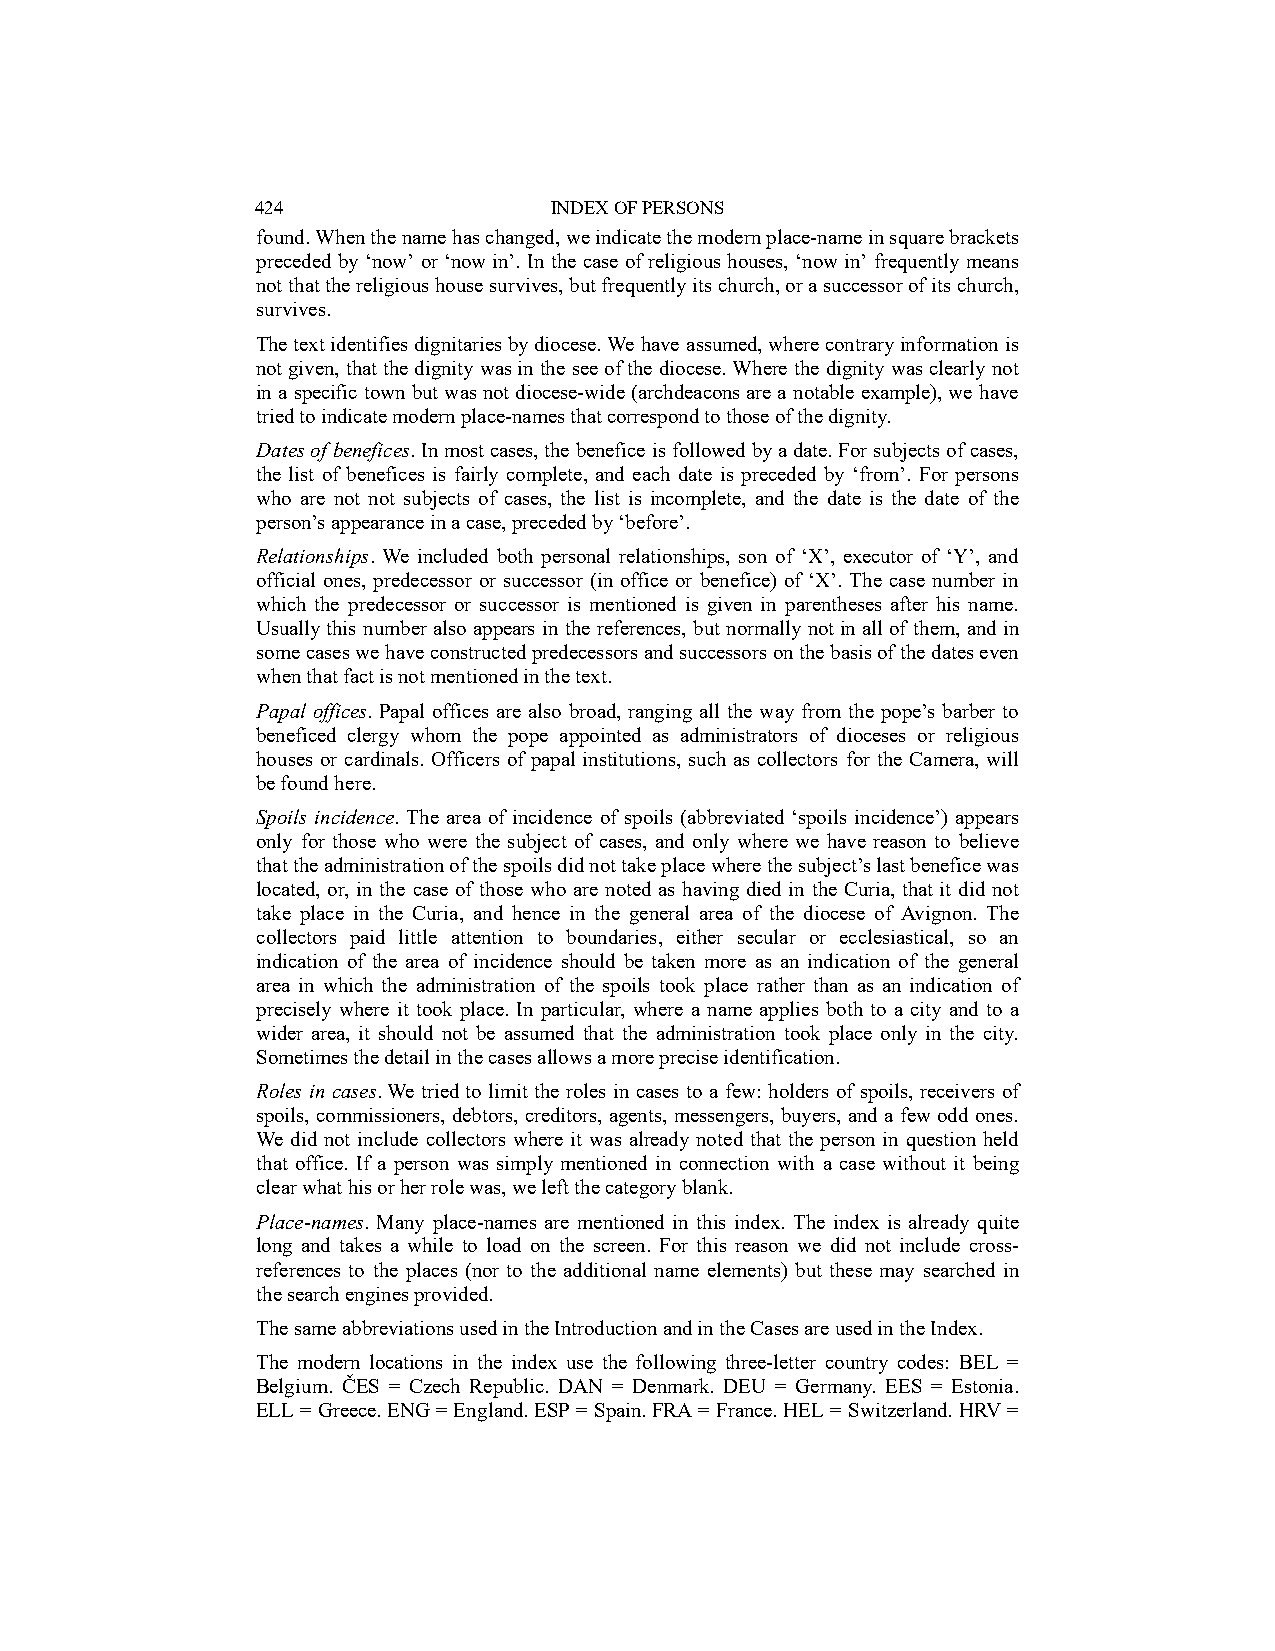
424                INDEX OF PERSONS
 found. When the name has changed, we indicate the modern place-name in square brackets
 preceded by ‘now’ or ‘now in’. In the case of religious houses, ‘now in’ frequently means
 not that the religious house survives, but frequently its church, or a successor of its church,
 survives.
 The text identifies dignitaries by diocese. We have assumed, where contrary information is
 not given, that the dignity was in the see of the diocese. Where the dignity was clearly not
 in a specific town but was not diocese-wide (archdeacons are a notable example), we have
 tried to indicate modern place-names that correspond to those of the dignity.
 Dates of benefices. In most cases, the benefice is followed by a date. For subjects of cases,
 the list of benefices is fairly complete, and each date is preceded by ‘from’. For persons
 who are not not subjects of cases, the list is incomplete, and the date is the date of the
 person’s appearance in a case, preceded by ‘before’.
 Relationships. We included both personal relationships, son of ‘X’, executor of ‘Y’, and
 official ones, predecessor or successor (in office or benefice) of ‘X’. The case number in
 which the predecessor or successor is mentioned is given in parentheses after his name.
 Usually this number also appears in the references, but normally not in all of them, and in
 some cases we have constructed predecessors and successors on the basis of the dates even
 when that fact is not mentioned in the text.
 Papal offices. Papal offices are also broad, ranging all the way from the pope’s barber to
 beneficed clergy whom the pope appointed as administrators of dioceses or religious
 houses or cardinals. Officers of papal institutions, such as collectors for the Camera, will
 be found here.
 Spoils incidence. The area of incidence of spoils (abbreviated ‘spoils incidence’) appears
 only for those who were the subject of cases, and only where we have reason to believe
 that the administration of the spoils did not take place where the subject’s last benefice was
 located, or, in the case of those who are noted as having died in the Curia, that it did not
 take place in the Curia, and hence in the general area of the diocese of Avignon. The
 collectors paid little attention to boundaries, either secular or ecclesiastical, so an
 indication of the area of incidence should be taken more as an indication of the general
 area in which the administration of the spoils took place rather than as an indication of
 precisely where it took place. In particular, where a name applies both to a city and to a
 wider area, it should not be assumed that the administration took place only in the city.
 Sometimes the detail in the cases allows a more precise identification.
 Roles in cases. We tried to limit the roles in cases to a few: holders of spoils, receivers of
 spoils, commissioners, debtors, creditors, agents, messengers, buyers, and a few odd ones.
 We did not include collectors where it was already noted that the person in question held
 that office. If a person was simply mentioned in connection with a case without it being
 clear what his or her role was, we left the category blank.
 Place-names. Many place-names are mentioned in this index. The index is already quite
 long and takes a while to load on the screen. For this reason we did not include cross-
 references to the places (nor to the additional name elements) but these may searched in
 the search engines provided.
 The same abbreviations used in the Introduction and in the Cases are used in the Index.
 The modern locations in the index use the following three-letter country codes: BEL =
 Belgium. ČES = Czech Republic. DAN = Denmark. DEU = Germany. EES = Estonia.
 ELL = Greece. ENG = England. ESP = Spain. FRA = France. HEL = Switzerland. HRV =